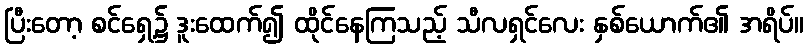
ပြီးတော့ စင်ရှေ့၌ ဒူးထေက်၍ ထိုင်နေကြသည့် သီလရှင်လေး နှစ်ယောက်၏ အရိပ်။